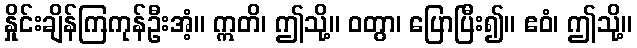
နှိုင်းချိန်ကြကုန်ဦးအံ့။ ဣတိ၊ ဤသို့။ ဝတွာ၊ ပြောပြီး၍။ ဧဝံ၊ ဤသို့။